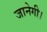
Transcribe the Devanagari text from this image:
जानेगी।